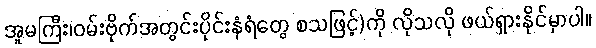
အူမကြီး၊ဝမ်းဗိုက်အတွင်းပိုင်းနံရံတွေ စသဖြင့်)ကို လိုသလို ဖယ်ရှားနိုင်မှာပါ။